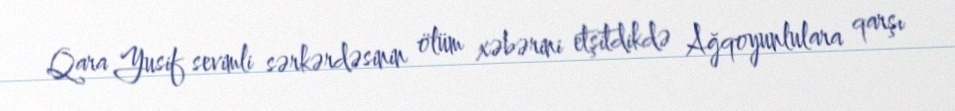
Qara Yusif sevimli sərkərdəsinin ölüm xəbərini etşitdikdə Ağqoyunlulara qarşı